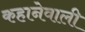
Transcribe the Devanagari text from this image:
कहानेवाली